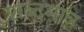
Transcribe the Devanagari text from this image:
शब्दमात्र